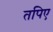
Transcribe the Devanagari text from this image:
तपिए